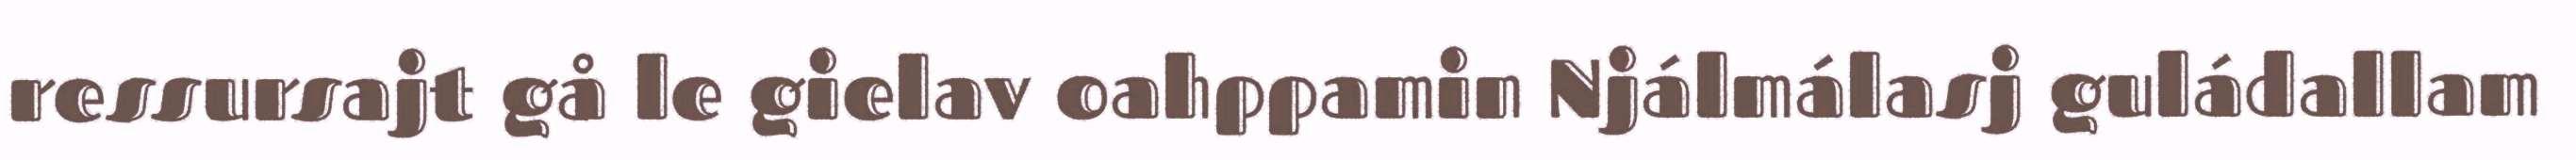
ressursajt gå le gielav oahppamin Njálmálasj guládallam